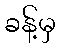
ခန့်မှ